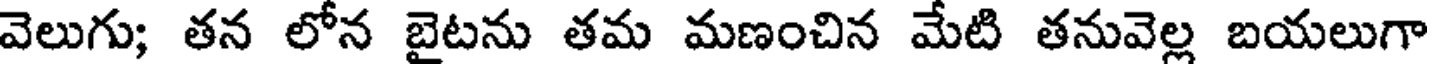
వెలుగు; తన లోన బైటను తమ మణంచిన మేటి తనువెల్ల బయలుగా